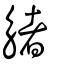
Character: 觰